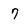
Character: 7